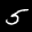
Label: 5